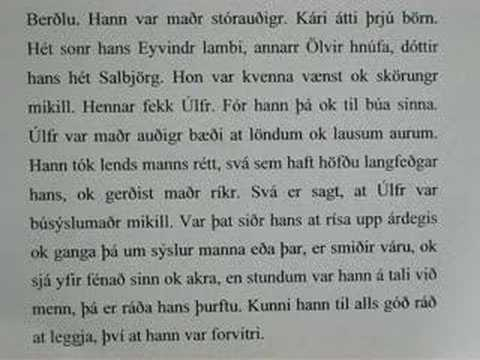
Language: no